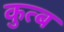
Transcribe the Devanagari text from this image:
कुत्ब